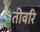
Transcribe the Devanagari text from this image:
तीवरि